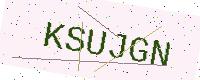
Text: KSUJGN